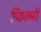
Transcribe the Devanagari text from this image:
फिल्मोंं